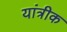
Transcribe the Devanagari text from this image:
यांत्रीक